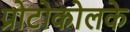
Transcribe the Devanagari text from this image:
प्रोटोकोलके